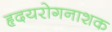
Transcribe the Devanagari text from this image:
हृदयरोगनाशक